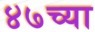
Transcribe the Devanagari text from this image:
४७च्या